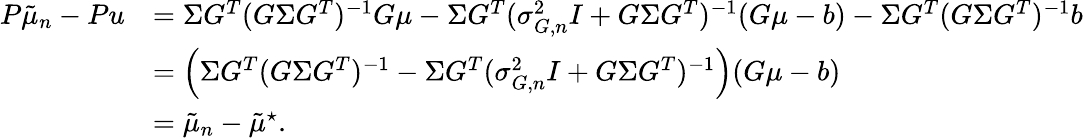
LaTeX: \begin{array}{rl}{P\tilde{\mu}_{n}-Pu}&{=\Sigma G^{T}(G\Sigma G^{T})^{-1}G\mu-\Sigma G^{T}(\sigma_{G,n}^{2}I+G\Sigma G^{T})^{-1}(G\mu-b)-\Sigma G^{T}(G\Sigma G^{T})^{-1}b}\\ &{=\left(\Sigma G^{T}(G\Sigma G^{T})^{-1}-\Sigma G^{T}(\sigma_{G,n}^{2}I+G\Sigma G^{T})^{-1}\right)(G\mu-b)}\\ &{=\tilde{\mu}_{n}-\tilde{\mu}^{\star}.}\end{array}